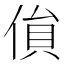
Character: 𠋏